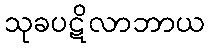
သုခပဋိလာဘာယ